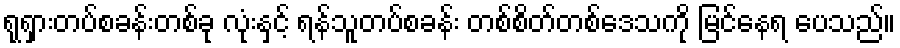
ရုရှားတပ်စခန်းတစ်ခု လုံးနှင့် ရန်သူတပ်စခန်း တစ်စိတ်တစ်ဒေသကို မြင်နေရ ပေသည်။